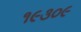
૧૯૩૦૯